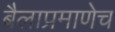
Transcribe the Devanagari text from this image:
बैलाप्रमाणेच